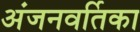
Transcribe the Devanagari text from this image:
अंजनवर्तिका